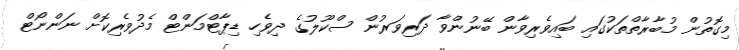
މިގޮތުން މުބާރާތްތަކުގައި ބައިވެރިވާން ބޭނުންވާ ދަރިވަރުން ސްކޫލުގެ ދިވެހި ޑިޕާޓްމަންޓް މެދުވެރިކޮށް ނަންނޯޓް